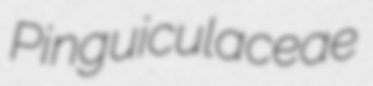
Pinguiculaceae